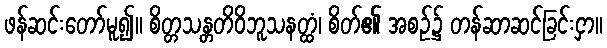
ဖန်ဆင်းတော်မူ၍။ စိတ္တသန္တတိဝိဘူသနတ္ထံ၊ စိတ်၏ အစဉ်၌ တန်ဆာဆင်ခြင်းငှာ။